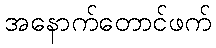
အနောက်တောင်ဖက်